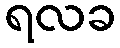
ရလခ